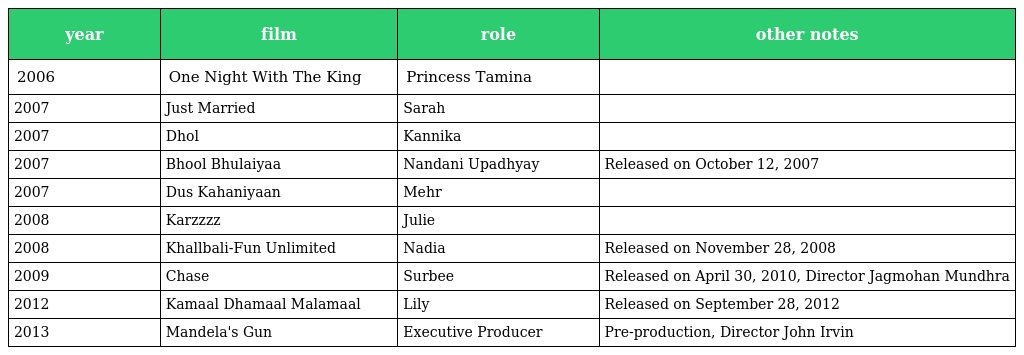
| year | film | role | other notes |
 | --- | --- | --- | --- |
 | 2006 | One Night With The King | Princess Tamina |  |
 | 2007 | Just Married | Sarah |  |
 | 2007 | Dhol | Kannika |  |
 | 2007 | Bhool Bhulaiyaa | Nandani Upadhyay | Released on October 12, 2007 |
 | 2007 | Dus Kahaniyaan | Mehr |  |
 | 2008 | Karzzzz | Julie |  |
 | 2008 | Khallbali-Fun Unlimited | Nadia | Released on November 28, 2008 |
 | 2009 | Chase | Surbee | Released on April 30, 2010, Director Jagmohan Mundhra |
 | 2012 | Kamaal Dhamaal Malamaal | Lily | Released on September 28, 2012 |
 | 2013 | Mandela's Gun | Executive Producer | Pre-production, Director John Irvin |